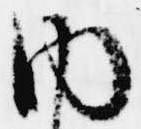
内